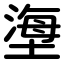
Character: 塰